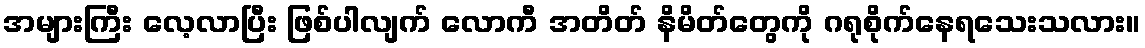
အများကြီး လေ့လာပြီး ဖြစ်ပါလျက် လောကီ အတိတ် နိမိတ်တွေကို ဂရုစိုက်နေရသေးသလား။